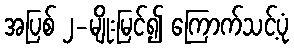
အပြစ် ၂-မျိုးမြင်၍ ကြောက်သင့်ပုံ